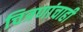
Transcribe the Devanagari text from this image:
चित्रणांचाही